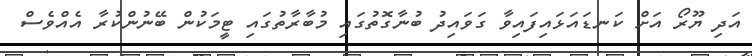
އަދި ޔޫރޯ އަށް ކަނޑައަޅައިފައިވާ ގަވައިދު ބުނާގޮތުގައި މުބާރާތުގައި ޓީމަކުން ބޭނުންކުރާ އެއްވެސް